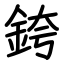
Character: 銙